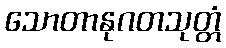
သောတာနုဂတသုတ္တံ